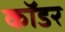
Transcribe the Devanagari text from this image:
कॉडर